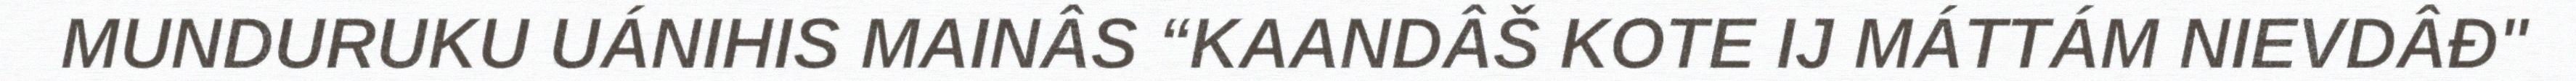
MUNDURUKU UÁNIHIS MAINÂS “KAANDÂŠ KOTE IJ MÁTTÁM NIEVDÂĐ"